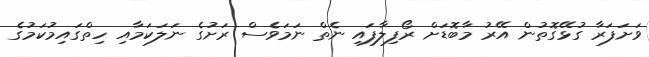
ވަށަފަރާ ގުޅޭގޮތުން އޭރު މާބޮޑަށް ރޯފިލާފައި ނެތް ނަމަވެސް ރަށުގެ ނަލަކަމާއި ހިތްގައިމުކަމުގެ